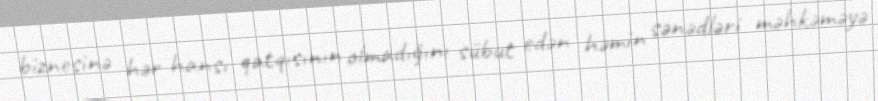
biznesinə hər hansı qatqısının olmadığını sübut edən həmin sənədləri məhkəməyə